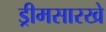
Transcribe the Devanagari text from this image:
ड्रीमसारखे